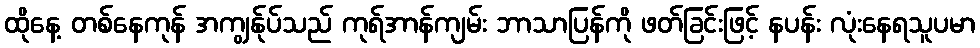
ထိုနေ့ တစ်နေကုန် အကျွန်ုပ်သည် ကုရ်အာန်ကျမ်း ဘာသာပြန်ကို ဖတ်ခြင်းဖြင့် နပန်း လုံးနေရသူပမာ